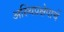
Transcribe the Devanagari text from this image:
अस्थिप्रक्षेपाचें